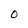
Character: 0